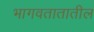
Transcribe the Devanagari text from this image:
भागवतातातील